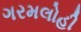
ગરમલોહી